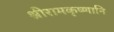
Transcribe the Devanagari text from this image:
श्रीरामकृष्णानि